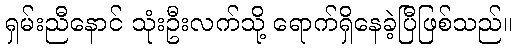
ရှမ်းညီနောင် သုံးဦးလက်သို့ ရောက်ရှိနေခဲ့ပြီဖြစ်သည်။